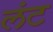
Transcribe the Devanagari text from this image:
लंट